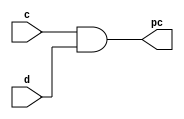
//`include "allblocks.v"

module PP(pc,c,d);

    input c,d;
    output pc;
    assign pc= c&d;

endmodule

module pi0(sout,cout,a,b,cin);

    input a,b,cin;
    output sout,cout;

    assign sout=(a^b^cin);
    assign cout= (a&b)|(b&cin)|(a&cin);

endmodule

module HA(sum,carry,a,b);

    input a,b;
    output sum,carry;

    assign sum = a ^ b;  // Sum is the XOR of A and B
    assign carry = a & b;  // Carry is the AND of A and B

endmodule

module FA(sum,carry,a,b,cin);

    input a,b,cin;
    output sum,carry;

    assign sum = a ^ b ^ cin;  // Sum is the XOR of A and B
    assign carry = (a & b) | (b & cin) | (a & cin) ;  // Carry is the AND of A and B

endmodule

    
/////////////////

module pi1(sout,a,b,sin);

    input a,b,sin;
    output sout;

    assign sout= sin ^ (a & b);

endmodule

module pi2(sout,cout,a,b,sin);

    input a,b,sin;
    output sout,cout;

    HA HA00(sout,cout,sin,(a&b));

endmodule

module pi3(sout,cout,ai,aj,bi,bj,sin);

    input ai,aj,bi,bj,sin;
    output sout,cout;

    FA FA00(sout,cout,sin,(ai&bi),(aj&bj));

endmodule

module cda (
    input [7:0]A,
    input [3:0]B,
    output [11:0] R 
);

    wire [64:0]s;   //for sum and carry bits
    wire [7:0]pp;    //for partial product calculation

    //row0 --- calculation of partial product block

    PP PP01(pp[0],A[0],B[0]);
    PP PP02(pp[1],A[1],B[0]);
    PP PP03(pp[2],A[2],B[0]);
    PP PP04(pp[3],A[3],B[0]);
    PP PP05(pp[4],A[4],B[0]);
    PP PP06(pp[5],A[5],B[0]);
    PP PP07(pp[6],A[6],B[0]);
    PP PP08(pp[7],A[7],B[0]);

    //row1

    //row1
    pi1 pi111(s[0],A[0],B[1],pp[1]); //
    pi1 pi112(s[1],A[1],B[1],pp[2]);
    pi1 pi113(s[2],A[2],B[1],pp[3]);
    pi1 pi114(s[3],A[3],B[1],pp[4]);
    pi1 pi115(s[4],A[4],B[1],pp[5]);
    pi1 pi116(s[5],A[5],B[1],pp[6]);
    pi1 pi117(s[6],A[6],B[1],pp[7]);
    pi1 pi118(s[7],A[7],B[1],1'b0);

    //row2
    pi1 pi121(s[8],A[0],B[2],s[1]);//
    pi1 pi122(s[9],A[1],B[2],s[2]);
    pi1 pi123(s[10],A[2],B[2],s[3]);
    pi1 pi124(s[11],A[3],B[2],s[4]);
    pi1 pi125(s[12],A[4],B[2],s[5]);
    pi1 pi126(s[13],A[5],B[2],s[6]);
    pi1 pi127(s[14],A[6],B[2],s[7]);
    pi1 pi128(s[15],A[7],B[2],1'b0);

    //row3
    pi1 pi131(s[16],A[0],B[3],s[9]);//
    pi1 pi132(s[17],A[1],B[3],s[10]);
    pi1 pi133(s[18],A[2],B[3],s[11]);
    pi1 pi134(s[19],A[3],B[3],s[12]);
    pi1 pi135(s[20],A[4],B[3],s[13]);
    pi1 pi136(s[21],A[5],B[3],s[14]);
    pi1 pi137(s[22],A[6],B[3],s[15]);
    pi1 pi138(s[23],A[7],B[3],1'b0);

    assign R[0] = pp[0];
    assign R[1] = s[0];
    assign R[2] = s[8];
    assign R[3] = s[16];
    assign R[4] = s[17];
    assign R[5] = s[18];
    assign R[6] = s[19];
    assign R[7] = s[20];
    assign R[8] = s[21];
    assign R[9] = s[22];
    assign R[10] = s[23];
    assign R[11] = 1'b0;


endmodule